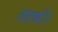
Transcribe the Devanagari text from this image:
लडकी।